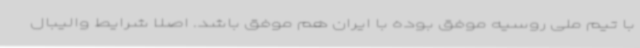
با تیم ملی روسیه موفق بوده با ایران هم موفق باشد. اصلا شرایط والیبال